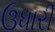
ઉધારી